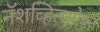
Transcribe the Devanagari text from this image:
नॅशव्हिलसोबत